Civil Veterinary Department. United Provinces 1932-42 - 1932-1942
Year: 1932
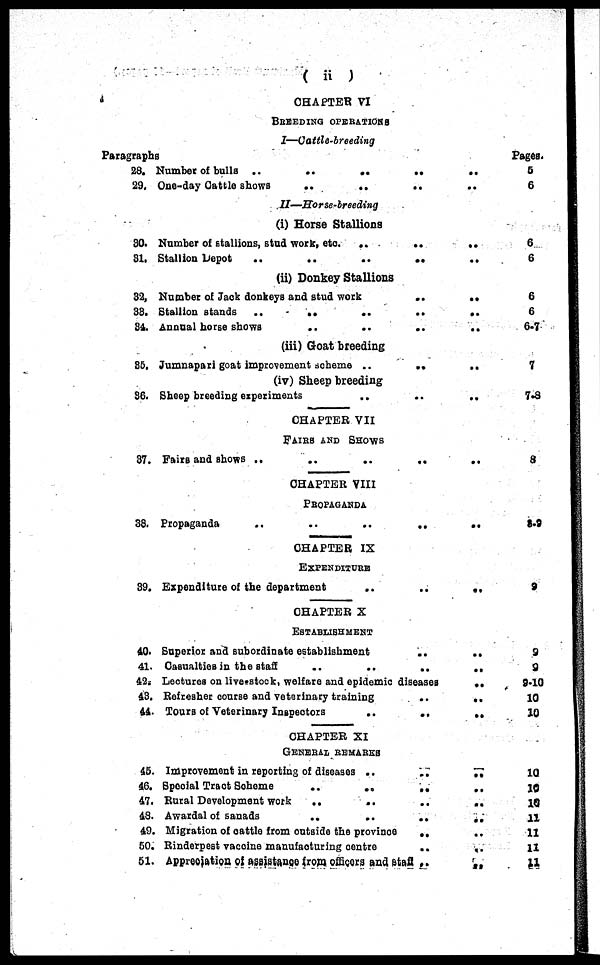
( ii )
CHAPTER VI
BREEDING
OPERATIONS
I—Cattle-breeding
Paragraphs
28. Number of bulls ..
..
..
..
..
29. One-day Cattle shows
..
..
..
II—Horse-breeding
(i) Horse Stallions
30. Number of stallions, stud work, etc. ..
..
..
31. Stallion Depot
..
..
..
..
..
(ii) Donkey Stallions
32, Number of Jack donkeys and stud work
..
..
38. Stallion stands ..
..
..
..
...
84. Annual horse shows
..
..
..
..
(iii) Goat breeding
35. Jumnapari goat improvement scheme ..
..
..
(iv) Sheep breeding
36. Sheep breeding experiments
..
..
..
CHAPTER VII
FAIRS AND SHOWS
37. Fairs and shows
..
..
..
..
..
CHAPTER VIII
PROPAGANDA
38. Propaganda
..
..
..
..
..
CHAPTER IX
EXPENDITURE
39. Expenditure of the department
..
..
..
CHAPTER X
ESTABLISHMENT
40. Superior and subordinate establishment
..
..
41. Casualties in the staff
..
..
..
..
42. Lectures on liverstock, welfare and epidemic diseases
..
43. Refresher course and veterinary training
..
..
44. Tours of Veterinary Inspectors
..
..
..
CHAPTER XI
GENERAL REMARKS
45. Improvement in reporting of diseases ..
..
..
46. Special Tract Scheme
..
..
..
..
47. Rural Development work
..
..
..
..
48. Awardal of sanads
..
..
..
..
49. Migration of cattle from outside the province
..
..
50. Rinderpest vaccine manufacturing
centre
..
..
51. Appreciation of assistance from officers and staff .. ..
Pages.
5
6
6
6
6
6
6-7
7
7-8
8
8-9
9
9
9
9-10
10
10
10
10
10
11
11
11
11